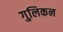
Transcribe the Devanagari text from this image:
गुलिकन